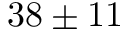
3 8 \pm 1 1